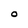
Character: O